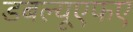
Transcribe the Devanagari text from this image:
डबल्यूएफए